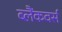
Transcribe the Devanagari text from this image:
ब्लैंकवर्स